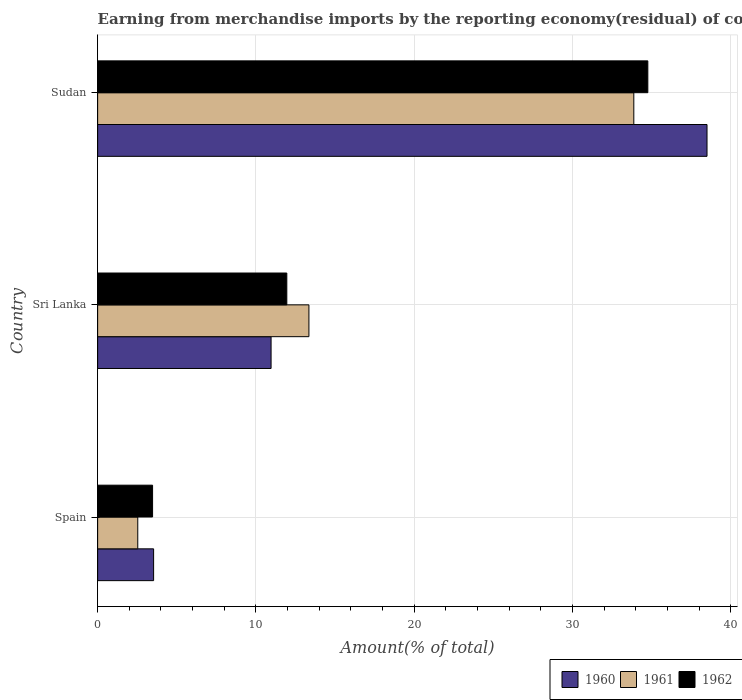
| Country | 1960 | 1961 | 1962 |
 | --- | --- | --- | --- |
 | Spain | 3.54 | 2.54 | 3.47 |
 | Sri Lanka | 11 | 13.4 | 12 |
 | Sudan | 38.5 | 33.9 | 34.8 |